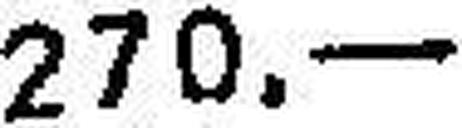
270.—